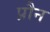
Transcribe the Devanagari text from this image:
प्रौन